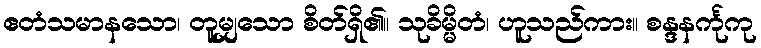
ဧတံသမာနသော၊ တူမျှသော စိတ်ရှိ၏။ သုခိမ္မိတံ၊ ဟူသည်ကား။ စန္ဒနင်္ကုကု